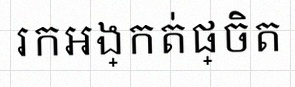
រកអង្កត់ផ្ចិត